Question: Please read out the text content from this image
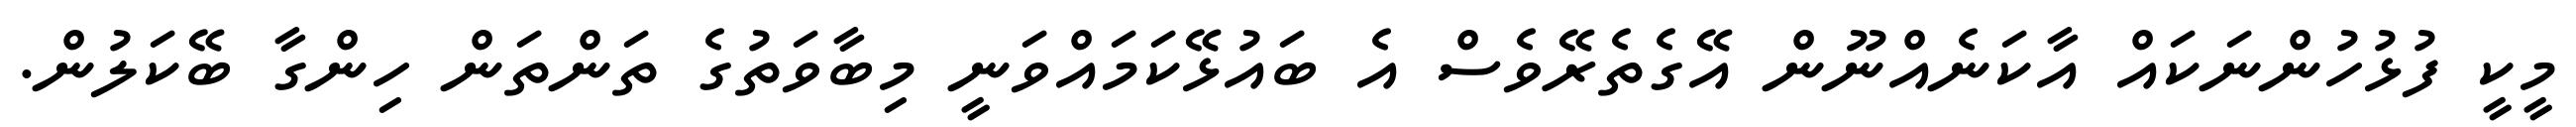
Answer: މީކީ ފުޅުހުންނަކައް އާކަނެއްނޫން އޭގެތެރޭވެސް އެ ބައުޅޭކަމައްވަނީ މިބާވަތުގެ ތަންތަން ހިންގާ ބޭކަލުން.